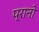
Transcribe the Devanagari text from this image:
प्रानो